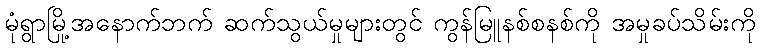
မုံရွာမြို့အနောက်ဘက် ဆက်သွယ်မှုများတွင် ကွန်မြူနစ်စနစ်ကို အမှုခပ်သိမ်းကို